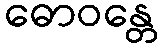
ဓောဝန္တေ